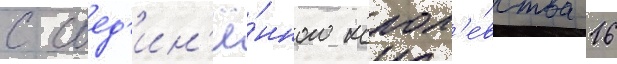
с соед'ин'ё́нного корол'е́вства 16